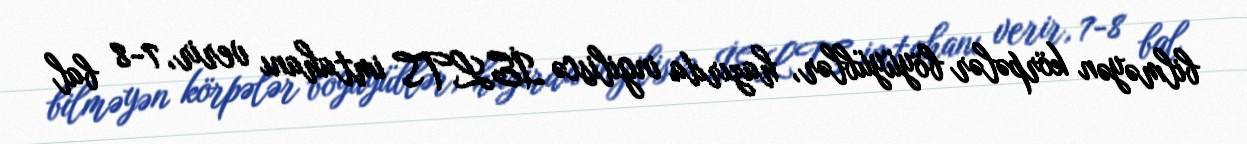
bilməyən körpələr böyüyüblər, hazırda ingiliscə İELTS imtahanı verir, 7-8 bal